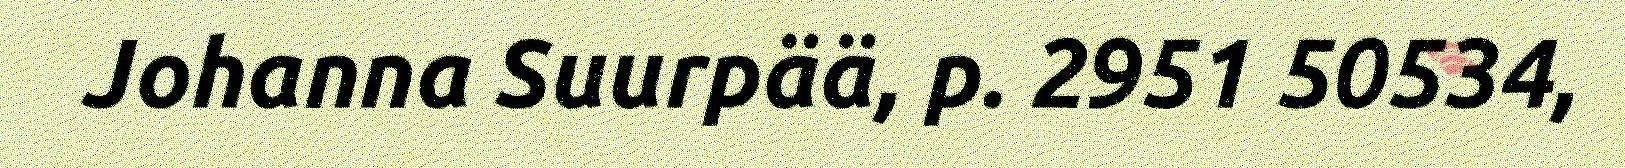
Johanna Suurpää, p. 2951 50534,